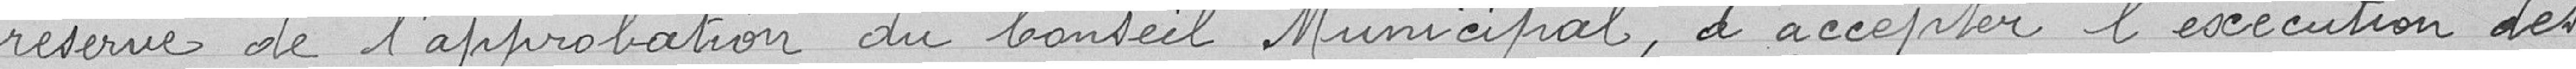
réserve de l'approbation du Conseil Municipal, d'accepter l'exécution des